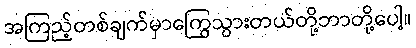
အကြည့်တစ်ချက်မှာကြွေသွားတယ်တို့ဘာတို့ပေါ့။